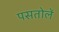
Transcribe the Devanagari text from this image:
पसतोलें